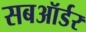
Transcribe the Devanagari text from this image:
सबऑर्डर